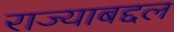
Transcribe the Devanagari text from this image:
राज्याबद्दल